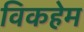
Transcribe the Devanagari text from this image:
विकहेम